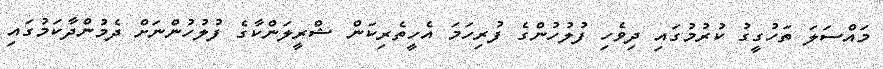
މައްސަލަ ތަހުގީގު ކުރުމުގައި ދިވެހި ފުލުހުންގެ ފުރިހަމަ އެހީތެރިކަން ޝްރީލަންކާގެ ފުލުހުންނަށް ދެމުންދާކަމުގައި